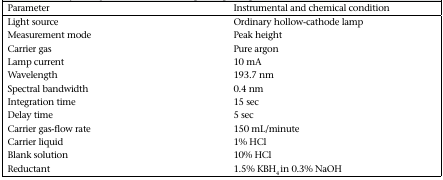
<table><thead><tr><td><b>Parameter</b></td><td><b>Instrumental and chemical condition</b></td></tr></thead><tbody><tr><td>Light source</td><td>Ordinary hollow-cathode lamp</td></tr><tr><td>Measurement mode</td><td>Peak height</td></tr><tr><td>Carrier gas</td><td>Pure argon</td></tr><tr><td>Lamp current</td><td>10 mA</td></tr><tr><td>Wavelength</td><td>193.7 nm</td></tr><tr><td>Spectral bandwidth</td><td>0.4 nm</td></tr><tr><td>Integration time</td><td>15 sec</td></tr><tr><td>Delay time</td><td>5 sec</td></tr><tr><td>Carrier gas-flow rate</td><td>150 mL/minute</td></tr><tr><td>Carrier liquid</td><td>1% HCl</td></tr><tr><td>Blank solution</td><td>10% HCl</td></tr><tr><td>Reductant</td><td>1.5% KBH<sub>4</sub> in 0.3% NaOH</td></tr></tbody></table>